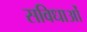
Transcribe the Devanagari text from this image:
सविधाओं